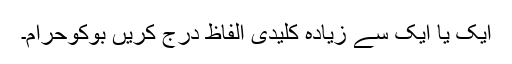
ایک یا ایک سے زیادہ کلیدی الفاظ درج کریں بوکوحرام۔